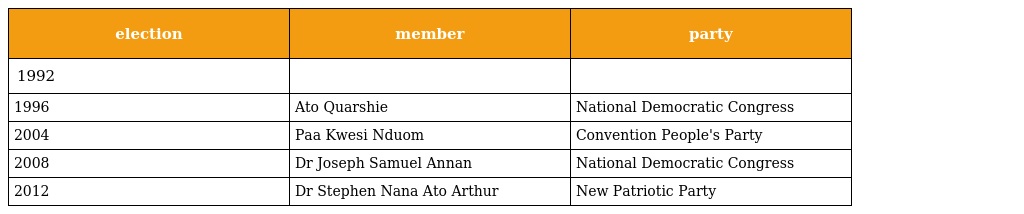
| election | member | party |
 | --- | --- | --- |
 | 1992 |  |  |
 | 1996 | Ato Quarshie | National Democratic Congress |
 | 2004 | Paa Kwesi Nduom | Convention People's Party |
 | 2008 | Dr Joseph Samuel Annan | National Democratic Congress |
 | 2012 | Dr Stephen Nana Ato Arthur | New Patriotic Party |